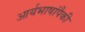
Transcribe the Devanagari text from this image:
आर्यभाषांपैकी